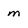
Character: m